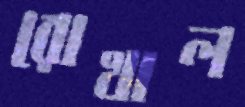
রোখাল